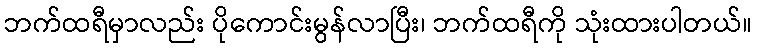
ဘက်ထရီမှာလည်း ပိုကောင်းမွန်လာပြီး၊ ဘက်ထရီကို သုံးထားပါတယ်။